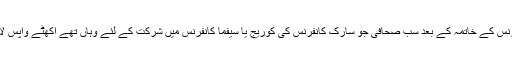
سارک کانفرنس کے خاتمہ کے بعد سب صحافی جو سارک کانفرنس کی کوریج یا سیفما کانفرنس میں شرکت کے لئے وہاں تھے اکھٹے واپس لاہور پہنچے۔